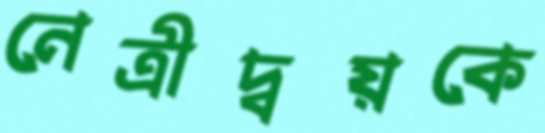
নেত্রীদ্বয়কে